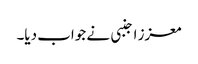
معزز اجنبی نے جواب دیا۔